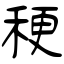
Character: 稉